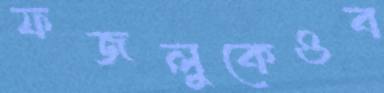
ফজলুকেওব